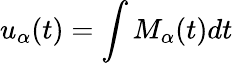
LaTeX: u_{\alpha}(t)=\int M_{\alpha}(t)dt